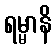
ရမ္မာနိ